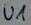
Text: U1